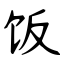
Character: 饭